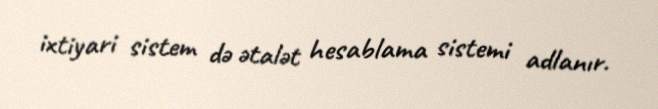
ixtiyari sistem də ətalət hesablama sistemi adlanır.